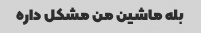
بله ماشین من مشکل داره